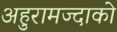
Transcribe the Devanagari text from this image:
अहुरामज्दाको